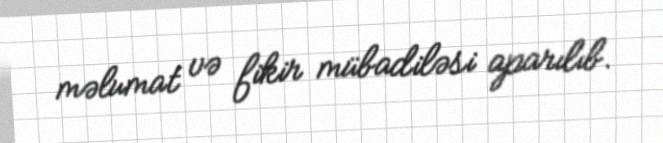
məlumat və fikir mübadiləsi aparılıb.